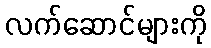
လက်ဆောင်များကို